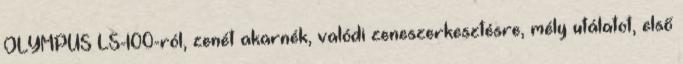
OLYMPUS LS-100-ról, zenét akarnék, valódi zeneszerkesztésre, mély utálatot, első